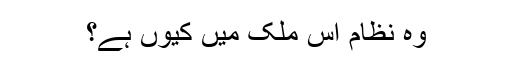
وہ نظام اس ملک میں کیوں ہے؟